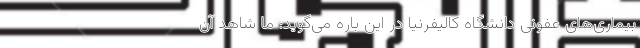
بیماری‌های عفونی دانشگاه کالیفرنیا در این باره می‌گوید: ما شاهد آن